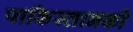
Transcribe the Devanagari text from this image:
पाकिस्तानकी